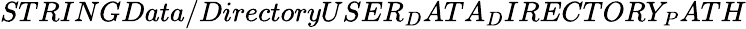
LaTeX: STRINGData/DirectoryUSER_{D}ATA_{D}IRECTORY_{P}ATH